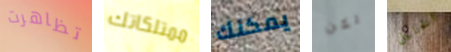
تظاهرت ممتلكاتك يمكنك لكن الخليل